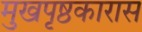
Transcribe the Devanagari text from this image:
मुखपृष्ठकारास